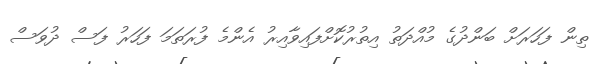
ތިން ފަހަރަށް ބަންދުގެ މުއްދަތު އިތުރުކޮށްފައިވާއިރު އެންމެ ފުރަތަމަ ފަހަރު ފަސް ދުވަސް